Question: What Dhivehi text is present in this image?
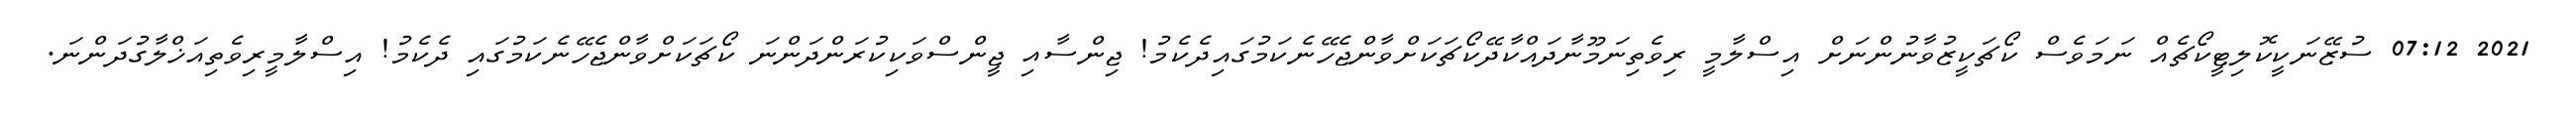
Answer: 2021 07:12 ސުޒޭނަކީކޮލިޓީކޯޗެއް ނަމަވެސް ކޯޗަކީޒުވާނުންނަށް އިސްލާމީ ރިވެތިނަމޫނާދައްކާދޭކޯޗަކަށްވާންޖެހޭނެކަމުގައިދެކެމު! ޖިންސާއި ޖީންސްވަކިކުރަންދަންނަ ކޯޗަކަށްވާންޖެހޭނެކަމުގައި ދެކެމު! އިސްލާމީރިވެތިއަޚްލާގުދަންނަ.